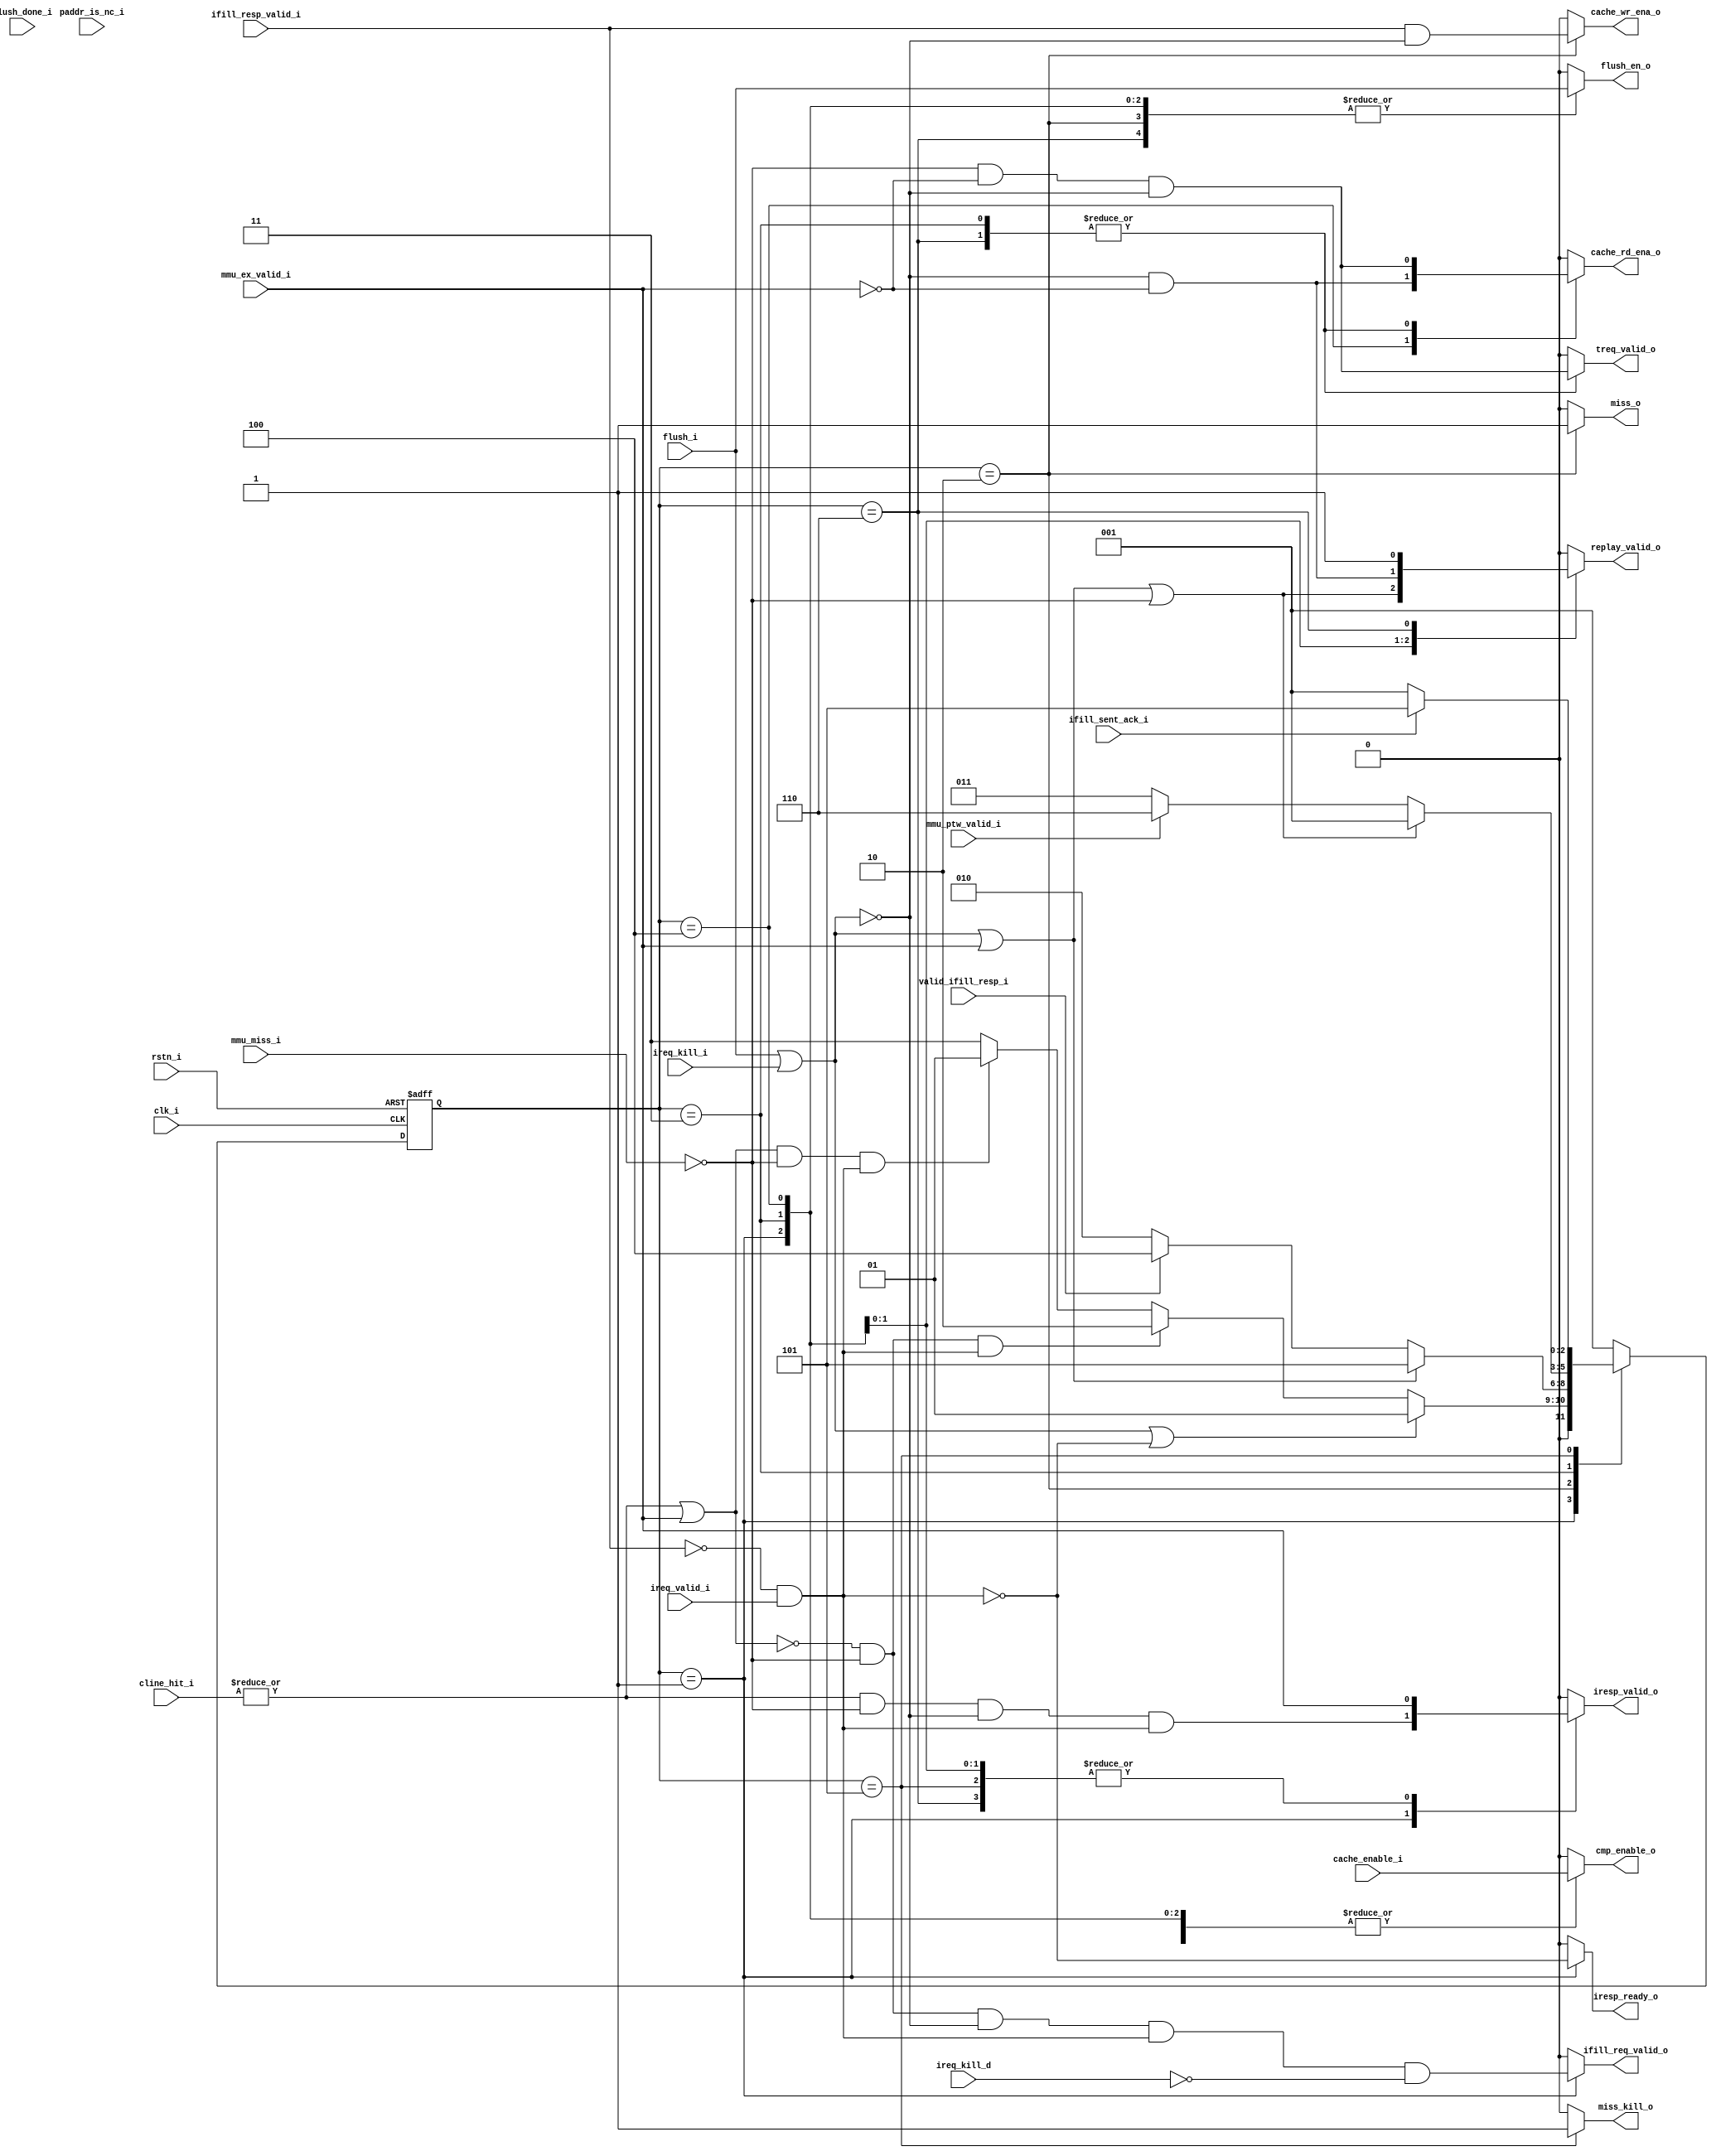
module icache_ctrl (
	clk_i,
	rstn_i,
	cache_enable_i,
	paddr_is_nc_i,
	flush_i,
	flush_done_i,
	cmp_enable_o,
	cache_rd_ena_o,
	cache_wr_ena_o,
	ireq_valid_i,
	ireq_kill_i,
	ireq_kill_d,
	iresp_ready_o,
	iresp_valid_o,
	mmu_ex_valid_i,
	mmu_miss_i,
	mmu_ptw_valid_i,
	treq_valid_o,
	valid_ifill_resp_i,
	ifill_resp_valid_i,
	ifill_sent_ack_i,
	ifill_req_valid_o,
	cline_hit_i,
	miss_o,
	miss_kill_o,
	replay_valid_o,
	flush_en_o
);
	input wire clk_i;
	input wire rstn_i;
	input wire cache_enable_i;
	input wire paddr_is_nc_i;
	input wire flush_i;
	input wire flush_done_i;
	output reg cmp_enable_o;
	output reg cache_rd_ena_o;
	output reg cache_wr_ena_o;
	input wire ireq_valid_i;
	input wire ireq_kill_i;
	input wire ireq_kill_d;
	output reg iresp_ready_o;
	output reg iresp_valid_o;
	input wire mmu_ex_valid_i;
	input wire mmu_miss_i;
	input wire mmu_ptw_valid_i;
	output reg treq_valid_o;
	input wire valid_ifill_resp_i;
	input wire ifill_resp_valid_i;
	input wire ifill_sent_ack_i;
	output reg ifill_req_valid_o;
	localparam [31:0] drac_icache_pkg_ICACHE_N_WAY = 4;
	input wire [3:0] cline_hit_i;
	output reg miss_o;
	output reg miss_kill_o;
	output reg replay_valid_o;
	output reg flush_en_o;
	wire new_request;
	wire is_hit_or_excpt;
	wire is_hit;
	wire is_flush_or_kill;
	wire valid_ifill_resp;
	wire is_TLB_MISS;
	assign new_request = ~ifill_resp_valid_i & ireq_valid_i;
	assign valid_ifill_resp = valid_ifill_resp_i;
	assign is_hit = |cline_hit_i;
	assign is_hit_or_excpt = is_hit | mmu_ex_valid_i;
	assign is_flush_or_kill = flush_i | ireq_kill_i;
	reg [2:0] state_d;
	reg [2:0] state_q;
	always @(posedge clk_i or negedge rstn_i)
		if (!rstn_i)
			state_q <= 3'd0;
		else
			state_q <= state_d;
	always @(*)
		case (state_q)
			3'd1: begin
				state_d = (is_flush_or_kill || !new_request ? 3'd1 : ((!is_hit_or_excpt && !mmu_miss_i) && new_request ? 3'd2 : ((is_hit_or_excpt && !mmu_miss_i) && new_request ? 3'd1 : 3'd3)));
				treq_valid_o = 1'b0;
				cmp_enable_o = cache_enable_i;
				cache_rd_ena_o = 1'b0;
				iresp_ready_o = !new_request;
				ifill_req_valid_o = (((!is_hit_or_excpt && !mmu_miss_i) && !is_flush_or_kill) && new_request) && !ireq_kill_d;
				miss_o = 1'b0;
				miss_kill_o = 1'b0;
				iresp_valid_o = ((is_hit && !mmu_miss_i) && !is_flush_or_kill) && new_request;
				cache_wr_ena_o = 1'b0;
				flush_en_o = flush_i;
				replay_valid_o = 1'b0;
			end
			3'd2: begin
				state_d = (is_flush_or_kill || mmu_ex_valid_i ? 3'd5 : (valid_ifill_resp ? 3'd4 : 3'd2));
				iresp_valid_o = 1'b0;
				cache_wr_ena_o = ifill_resp_valid_i && !is_flush_or_kill;
				cmp_enable_o = 1'b0;
				iresp_ready_o = 1'b0;
				miss_o = 1'b1;
				miss_kill_o = 1'b0;
				treq_valid_o = 1'b0;
				ifill_req_valid_o = 1'b0;
				cache_rd_ena_o = 1'b0;
				flush_en_o = flush_i;
				replay_valid_o = 1'b0;
			end
			3'd3: begin
				state_d = ((is_flush_or_kill || mmu_ex_valid_i) || !mmu_miss_i ? 3'd1 : (mmu_ptw_valid_i ? 3'd6 : 3'd3));
				treq_valid_o = (!mmu_miss_i && !mmu_ex_valid_i) && !is_flush_or_kill;
				cmp_enable_o = cache_enable_i;
				cache_rd_ena_o = (!mmu_miss_i && !mmu_ex_valid_i) && !is_flush_or_kill;
				iresp_valid_o = mmu_ex_valid_i;
				miss_o = 1'b0;
				miss_kill_o = 1'b0;
				iresp_ready_o = 1'b0;
				ifill_req_valid_o = 1'b0;
				cache_wr_ena_o = 1'b0;
				flush_en_o = flush_i;
				replay_valid_o = (is_flush_or_kill || mmu_ex_valid_i) || !mmu_miss_i;
			end
			3'd4: begin
				state_d = 3'd1;
				cmp_enable_o = cache_enable_i;
				iresp_ready_o = 1'b0;
				iresp_valid_o = mmu_ex_valid_i;
				cache_rd_ena_o = !is_flush_or_kill && !mmu_ex_valid_i;
				cache_wr_ena_o = 1'b0;
				miss_o = 1'b0;
				miss_kill_o = 1'b0;
				treq_valid_o = 1'b0;
				ifill_req_valid_o = 1'b0;
				flush_en_o = flush_i;
				replay_valid_o = !is_flush_or_kill && !mmu_ex_valid_i;
			end
			3'd5: begin
				state_d = (!ifill_sent_ack_i ? 3'd1 : 3'd5);
				cmp_enable_o = 1'b0;
				iresp_ready_o = 1'b0;
				iresp_valid_o = mmu_ex_valid_i;
				cache_rd_ena_o = 1'b0;
				cache_wr_ena_o = 1'b0;
				miss_o = 1'b0;
				miss_kill_o = 1'b1;
				treq_valid_o = 1'b0;
				ifill_req_valid_o = 1'b0;
				flush_en_o = 1'b0;
				replay_valid_o = 1'b0;
			end
			3'd6: begin
				state_d = 3'd1;
				cmp_enable_o = cache_enable_i;
				iresp_ready_o = 1'b0;
				iresp_valid_o = mmu_ex_valid_i;
				cache_rd_ena_o = (!mmu_miss_i && !mmu_ex_valid_i) && !is_flush_or_kill;
				cache_wr_ena_o = 1'b0;
				miss_o = 1'b0;
				miss_kill_o = 1'b0;
				treq_valid_o = (!mmu_miss_i && !mmu_ex_valid_i) && !is_flush_or_kill;
				ifill_req_valid_o = 1'b0;
				flush_en_o = flush_i;
				replay_valid_o = 1'b1;
			end
			default: begin
				state_d = 3'd1;
				cmp_enable_o = 1'b0;
				iresp_ready_o = 1'b0;
				iresp_valid_o = 1'b0;
				cache_rd_ena_o = 1'b0;
				cache_wr_ena_o = 1'b0;
				miss_o = 1'b0;
				miss_kill_o = 1'b0;
				treq_valid_o = 1'b0;
				ifill_req_valid_o = 1'b0;
				flush_en_o = 1'b0;
				replay_valid_o = 1'b0;
			end
		endcase
	assign is_TLB_MISS = state_q == 3'd3;
endmodule